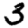
Digit: 3